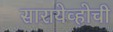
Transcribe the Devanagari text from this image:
सारायेव्होची